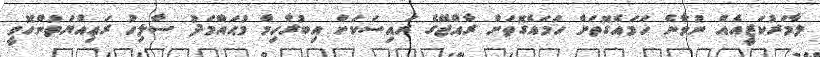
ލާމަރުކަޒީއެއް ނުވާނެ ހަމައެގޮތަށް ހަމައެގޮތަށް ރާއްޖޭގެ ރައިސަކަށް އިބުރާހިމް މުޙައްމަދު ސާލިހު ރަޢިއްޔަތުންހޮވީ